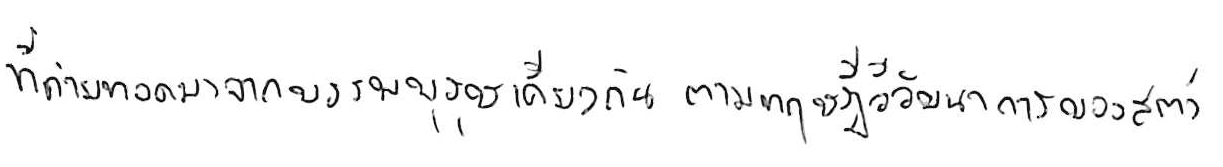
ที่ถ่ายทอดมาจากบรรพบุรุษเดียวกัน ตามทฤษฎีวิวัฒนาการของสัตว์